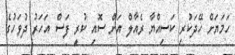
ހަމަޔަށް ހޭދަކުރި ކަސިއްޔާ ރެއާލް އަށް ސޮއި ކުރީ ފަސް އަހަރު ދުވަހުގެ